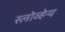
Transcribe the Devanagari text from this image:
स्लोव्हेन्य